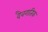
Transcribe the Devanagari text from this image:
दैवगतिक